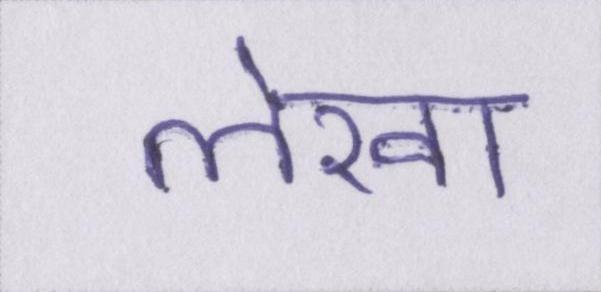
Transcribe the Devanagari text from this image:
लेखा